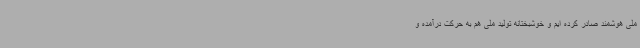
ملی هوشمند صادر کرده ایم و خوشبختانه تولید ملی هم به حرکت درآمده و